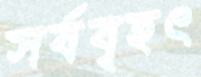
সর্ববৃহৎ